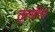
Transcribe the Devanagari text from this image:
तुत्‍सीच